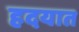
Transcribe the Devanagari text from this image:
हदयात